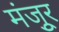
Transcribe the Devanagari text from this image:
मंजूुर